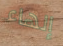
إلهاء